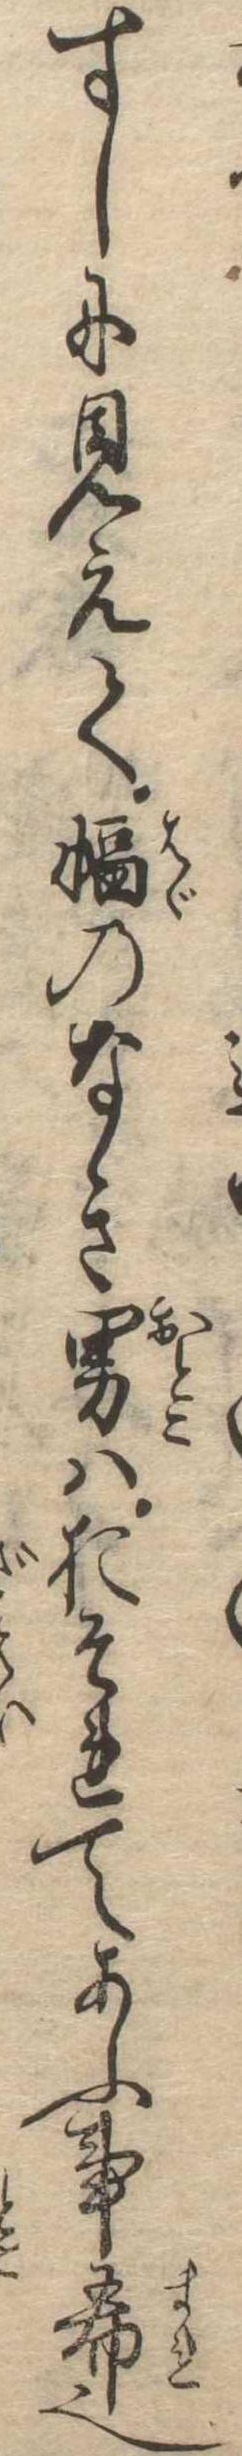
すしに見えて幅のなき男はおそれてあふ事希也